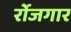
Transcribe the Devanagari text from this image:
र्रोजगार